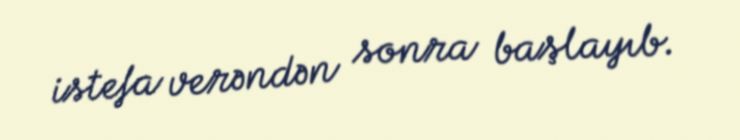
istefa verəndən sonra başlayıb.